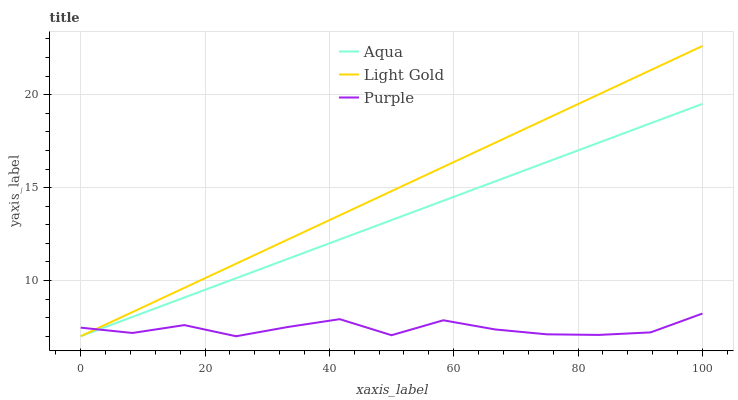
| xaxis_label | Aqua | Light Gold | Purple |
 | --- | --- | --- | --- |
 | 0 | 7 | 7 | 7.46 |
 | 8.33 | 8.04 | 8.3 | 7.18 |
 | 16.7 | 9.08 | 9.6 | 7.6 |
 | 25 | 10.1 | 10.9 | 7 |
 | 33.3 | 11.2 | 12.2 | 7.5 |
 | 41.7 | 12.2 | 13.5 | 7.92 |
 | 50 | 13.3 | 14.8 | 7.06 |
 | 58.3 | 14.3 | 16.1 | 7.86 |
 | 66.7 | 15.3 | 17.4 | 7.37 |
 | 75 | 16.4 | 18.7 | 7.1 |
 | 83.3 | 17.4 | 20 | 7.07 |
 | 91.7 | 18.5 | 21.3 | 7.21 |
 | 100 | 19.5 | 22.6 | 8.22 |